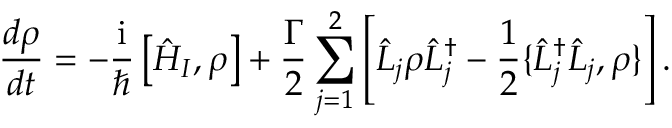
\frac { d \rho } { d t } = - \frac { \mathrm { i } } { \hbar } \left[ \hat { H } _ { I } , \rho \right] + \frac { \Gamma } { 2 } \sum _ { j = 1 } ^ { 2 } \left[ \hat { L } _ { j } \rho \hat { L } _ { j } ^ { \dagger } - \frac { 1 } { 2 } \{ \hat { L } _ { j } ^ { \dagger } \hat { L } _ { j } , \rho \} \right] .